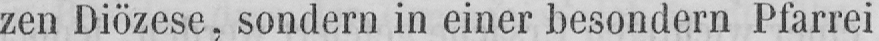
zen Diözese, sondern in einer besondern Pfarrei